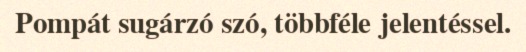
Pompát sugárzó szó, többféle jelentéssel.